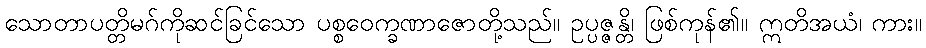
သောတာပတ္တိမဂ်ကိုဆင်ခြင်သော ပစ္စဝေက္ခဏာဇောတို့သည်။ ဥပ္ပဇ္ဇန္တိ၊ ဖြစ်ကုန်၏။ ဣတိအယံ၊ ကား။